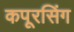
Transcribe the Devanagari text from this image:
कपूरसिंग